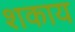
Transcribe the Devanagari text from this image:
शकाय